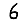
Digit: 6